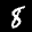
Label: 8